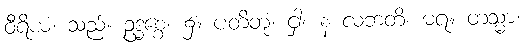
ဝီရိယံ၊ သည်။ ဥဒ္ဓစ္စေ၊ ၌။ ပတိတုံ၊ ငှါ။ န လဘတိ၊ မရ။ တသ္မာ၊